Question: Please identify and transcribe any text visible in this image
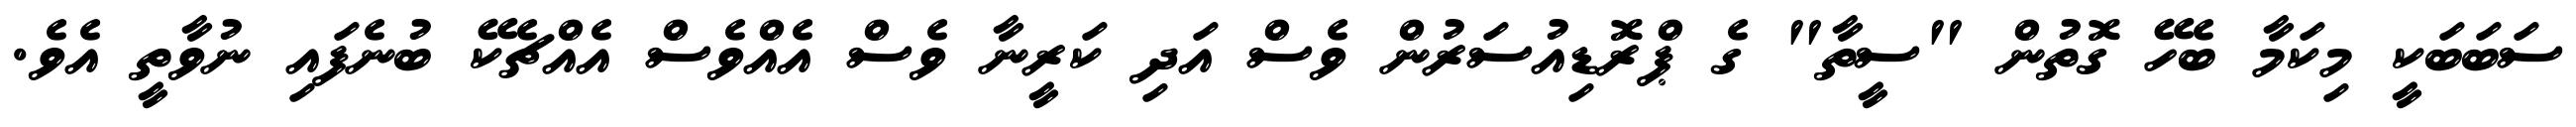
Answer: ސަބަބަކީ މިކަމާ ބެހޭ ގޮތުން "ސީތާ" ގެ ޕްރޮޑިއުސަރުން ވެސް އަދި ކަރީނާ ވެސް އެއްވެސް އެއްޗެކޭ ބުނެފައި ނުވާތީ އެވެ.